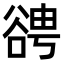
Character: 𧮹